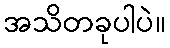
အသိတခုပါပဲ။